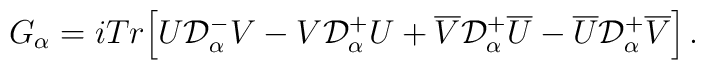
G_\alpha=iTr\Big[U{\cal D}^-_\alpha V-V{\cal D}^+_\alpha U+ \overline V{\cal D}^+_\alpha\overline U -\overline U{\cal D}^+_\alpha\overline V\Big]\,.